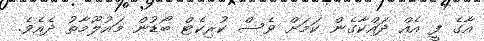
އާގެ ފީ އެއް ދައްކާގެން ކަމަށް ވެސް ކުރިކެޓް ބޯޑުން މައުލޫމާތު ދެއެވެ.